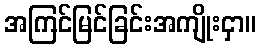
အကြင်မြင်ခြင်းအကျိုးငှာ။